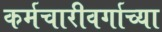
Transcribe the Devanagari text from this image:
कर्मचारीवर्गाच्या